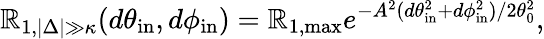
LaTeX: \mathbb{R}_{1,|\Delta|\gg\kappa}(d\theta_{\mathrm{{in}}},d\phi_{\mathrm{{in}}})=\mathbb{R}_{1,\mathrm{{max}}}e^{-A^{2}(d\theta_{\mathrm{{in}}}^{2}+d\phi_{\mathrm{{in}}}^{2})/2\theta_{0}^{2}},